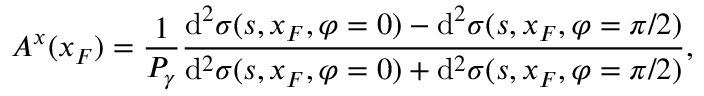
A ^ { x } ( x _ { F } ) = \frac { 1 } { { \cal P } _ { \gamma } } \frac { \mathrm { d } ^ { 2 } \sigma ( s , x _ { F } , \varphi = 0 ) - \mathrm { d } ^ { 2 } \sigma ( s , x _ { F } , \varphi = \pi / 2 ) } { \mathrm { d } ^ { 2 } \sigma ( s , x _ { F } , \varphi = 0 ) + \mathrm { d } ^ { 2 } \sigma ( s , x _ { F } , \varphi = \pi / 2 ) } ,